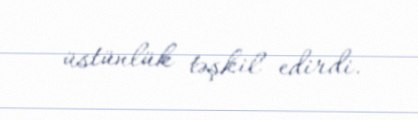
üstünlük təşkil edirdi.